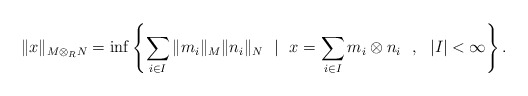
\begin{align*} \|x\|_{M \otimes_{R} N} = \inf \left \{ \sum_{i\in I} \|m_i\|_M \|n_i\|_N \ \ | \ \ x = \sum_{i\in I} m_i \otimes n_i \ \ , \ \ |I|<\infty \right \}. \end{align*}